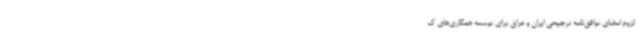
لزوم امضای توافق‌نامه ترجیحی ایران و عراق برای توسعه همکاری‌های ک